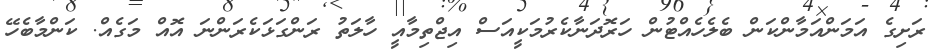
ރަށިގެ އަމަންއަމާންކަން ބެލެހެއްޓުން ހަރޮދަނާކެރުމަކީއަސް އިޖްތިމާއީ ހާލަތު ރަންގަޅަކެރަންނަ އޮއް މަގެއް. ކަންމާބެހޭ